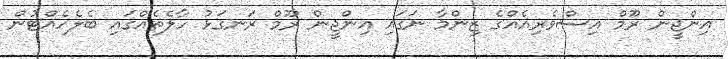
އިންޖީން ރޫމް އިސްވެރިއެއްގެ ޒިންމާ ނަގައި އިންޖީން ރޫމް ރަނގަޅު ހާލެތެެއްގައި ބެލެހެއްޓުން